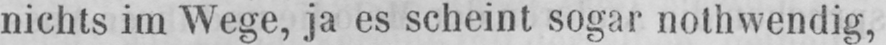
nichts im Wege, ja es scheint sogar nothwendig,